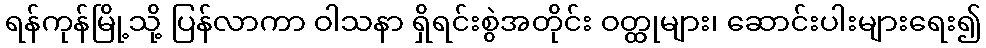
ရန်ကုန်မြို့သို့ ပြန်လာကာ ဝါသနာ ရှိရင်းစွဲအတိုင်း ဝတ္ထုများ၊ ဆောင်းပါးများရေး၍